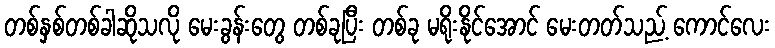
တစ်နှစ်တစ်ခါဆိုသလို မေးခွန်းတွေ တစ်ခုပြီး တစ်ခု မရိုးနိုင်အောင် မေးတတ်သည့် ကောင်လေး